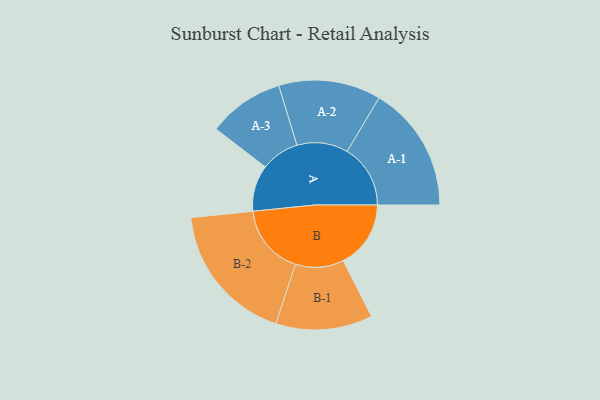
{"axis": {"x": "Segment", "y": "Value"}, "legend": ["", "A", "B"], "data": [{"x": "A", "y": 164, "type": ""}, {"x": "B", "y": 239, "type": ""}, {"x": "A-1", "y": 224, "type": "A"}, {"x": "A-2", "y": 181, "type": "A"}, {"x": "A-3", "y": 135, "type": "A"}, {"x": "B-1", "y": 171, "type": "B"}, {"x": "B-2", "y": 250, "type": "B"}]}